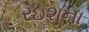
રઇશના